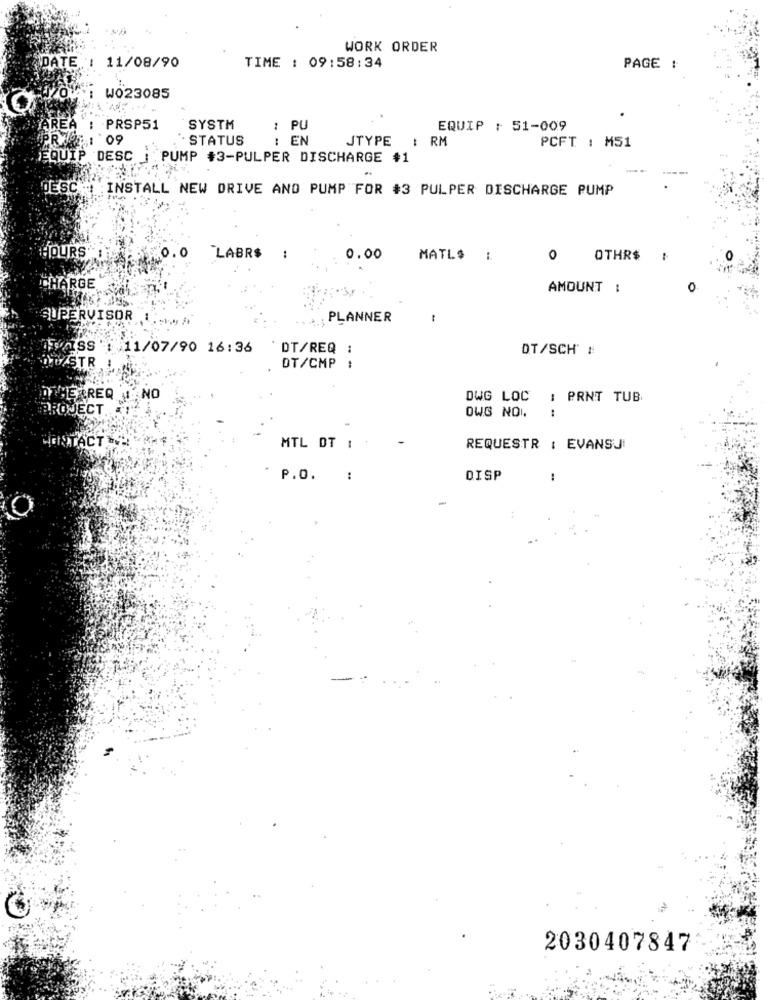
WORK ORDER
DATE : 11/08/90
TIME : 09:58:34
PAGE :
: W023085
AREA
: PRSP51
SYSTM
: PU
EQUIP : 51-009
STATUS
: EN
JTYPE
PCFT : M51
EQUIP DESC | PUMP #3-PULPER DISCHARGE #1
DESC : INSTALL NEW DRIVE AND PUMP FOR #3 PULPER DISCHARGE PUMP
HOURS
LABR$
:
0.00
MATL$ :
0
OTHR$
CHARGE
AMOUNT :
SUPERVISOR
PLANNER
FASS ': 11/07/90 16:36
DT/REQ :
DT/SCH' #
DUZSTR
DT/CMP :
OTHERREQ NO
DWG LOC
PRNT TUB
PROJECT ..
OWS NOW.
--
CONTACTO
MTL DT :
REQUESTR : EVANSJI
P.O.
:
DISP
2030407847